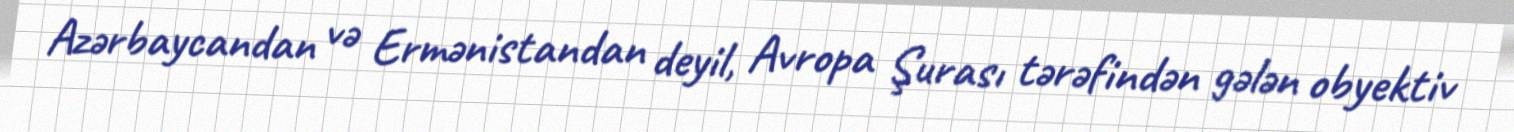
Azərbaycandan və Ermənistandan deyil, Avropa Şurası tərəfindən gələn obyektiv